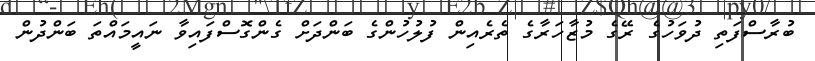
ބުރާސްފަތި ދުވަހުގެ ރޭގެ މުޒާހަރާގެ ތެރެއިން ފުލުހުންގެ ބަންދަށް ގެންގޮސްފައިވާ ނައީމައްތަ ބަންދުން